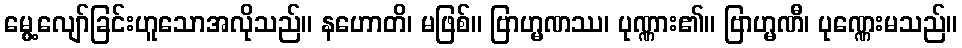
မွေ့လျော်ခြင်းဟူသောအလိုသည်။ နဟောတိ၊ မဖြစ်။ ဗြာဟ္မဏဿ၊ ပုဏ္ဏား၏။ ဗြာဟ္မဏီ၊ ပုဏ္ဏေးမသည်။